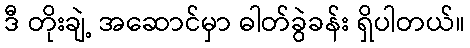
ဒီ တိုးချဲ့ အဆောင်မှာ ဓါတ်ခွဲခန်း ရှိပါတယ်။